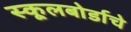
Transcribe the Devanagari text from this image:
स्कूलबोर्डाचे